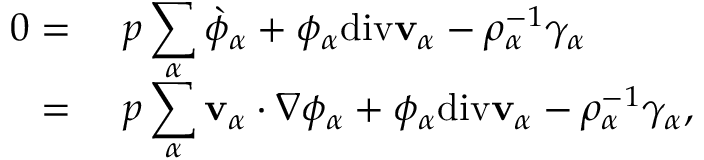
\begin{array} { r l } { 0 = } & { ~ p \displaystyle \sum _ { \alpha } \grave { \phi } _ { \alpha } + \phi _ { \alpha } \mathrm { d i v } \mathbf { v } _ { \alpha } - \rho _ { \alpha } ^ { - 1 } \gamma _ { \alpha } } \\ { = } & { ~ p \displaystyle \sum _ { \alpha } \mathbf { v } _ { \alpha } \cdot \nabla \phi _ { \alpha } + \phi _ { \alpha } \mathrm { d i v } \mathbf { v } _ { \alpha } - \rho _ { \alpha } ^ { - 1 } \gamma _ { \alpha } , } \end{array}